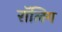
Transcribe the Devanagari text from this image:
रॉलिग